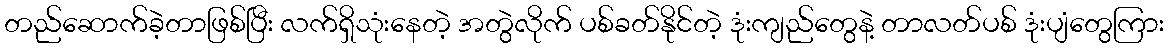
တည်ဆောက်ခဲ့တာဖြစ်ပြီး လက်ရှိသုံးနေတဲ့ အတွဲလိုက် ပစ်ခတ်နိုင်တဲ့ ဒုံးကျည်တွေနဲ့ တာလတ်ပစ် ဒုံးပျံတွေကြား